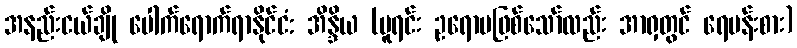
အနည်းငယ်ချို ပေါက်ရောက်ရာနိုင်ငံ: အိန္ဒိယ (မူရင်း ဥရောပဖြစ်သော်လည်း အာရှတွင် ရေပန်းစား)